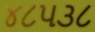
૪૮૫૩૮